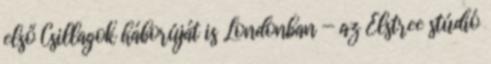
első Csillagok háborúját is Londonban — az Elstree stúdió